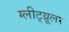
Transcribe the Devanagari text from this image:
ग्लीट्य्रूलर